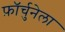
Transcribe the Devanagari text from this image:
फ़ॉर्चुनेला